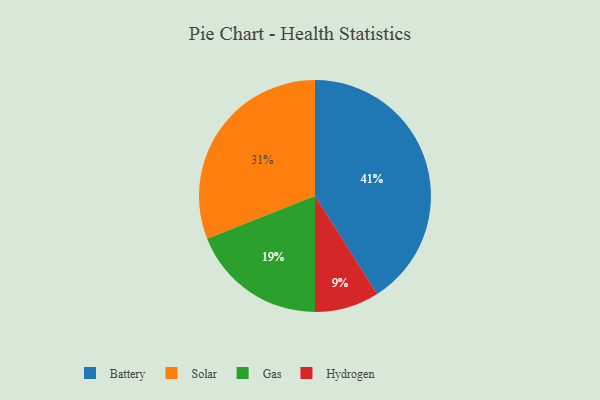
{"axis": {"x": "Category", "y": "Percentage"}, "legend": ["Battery", "Gas", "Hydrogen", "Solar"], "data": [{"x": "Hydrogen", "y": 9, "type": "Hydrogen"}, {"x": "Battery", "y": 41, "type": "Battery"}, {"x": "Gas", "y": 19, "type": "Gas"}, {"x": "Solar", "y": 31, "type": "Solar"}]}